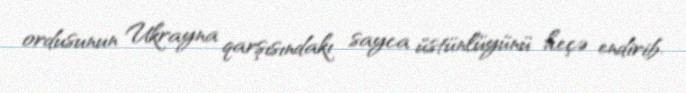
ordusunun Ukrayna qarşısındakı sayca üstünlüyünü heçə endirib.